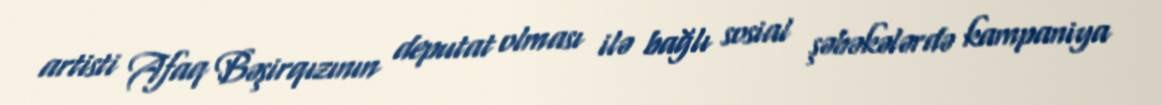
artisti Afaq Bəşirqızının deputat olması ilə bağlı sosial şəbəkələrdə kampaniya